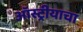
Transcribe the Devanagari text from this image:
ऑस्ट्रीयाचा